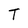
Character: T